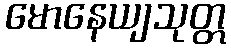
မောနေယျသုတ္တ